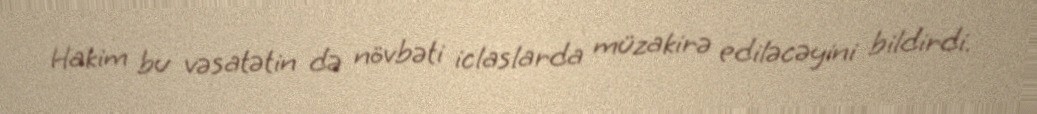
Hakim bu vəsatətin də növbəti iclaslarda müzakirə ediləcəyini bildirdi.